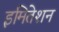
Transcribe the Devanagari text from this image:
इमितेशन